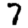
Digit: 7